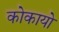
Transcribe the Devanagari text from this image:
कोकायो